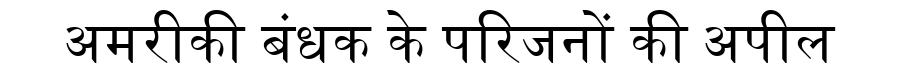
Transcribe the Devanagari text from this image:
अमरीकी बंधक के परिजनों की अपील